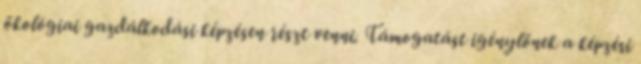
ökológiai gazdálkodási képzésen részt venni. Támogatást igénylőnek a képzési